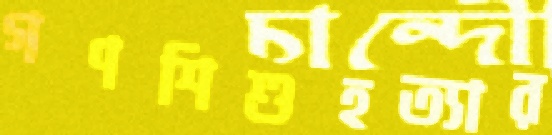
গণশিশুহত্যার